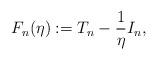
LaTeX: \begin{align*}F_n(\eta) : = T_n - \frac{1}{\eta}I_n,\end{align*}